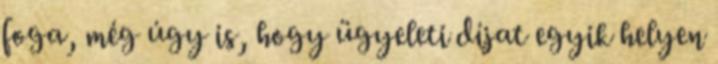
foga, még úgy is, hogy ügyeleti díjat egyik helyen